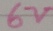
Text: 6V